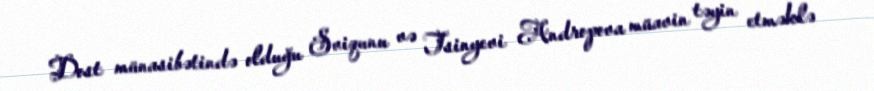
Dost münasibətində olduğu Sviqunu və Tsinyevi Andropova müavin təyin etməklə